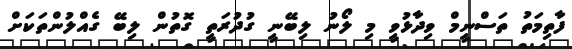
ފާތިމަތު ތަސްނީމް ވިދާޅުވީ މި ލޯނު ލިބޭނީ ގުދުރަތީ ގޮތުން ލިބޭ ގެއްލުންތަކަށް